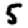
Digit: 5